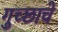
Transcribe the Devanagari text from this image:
गुच्छाचे